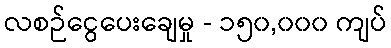
လစဉ်ငွေပေးချေမှု - ၁၅၀,၀၀၀ ကျပ်